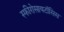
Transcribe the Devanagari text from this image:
स्फीरोसायटॉसिस